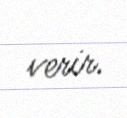
verir.